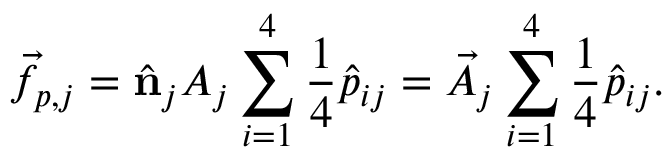
\Vec { f } _ { p , j } = \hat { \mathbf { n } } _ { j } A _ { j } \sum _ { i = 1 } ^ { 4 } \frac { 1 } { 4 } \hat { p } _ { i j } = \Vec { A } _ { j } \sum _ { i = 1 } ^ { 4 } \frac { 1 } { 4 } \hat { p } _ { i j } .